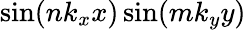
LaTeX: \sin(nk_{x}x)\sin(mk_{y}y)